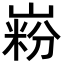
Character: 𪩋